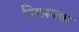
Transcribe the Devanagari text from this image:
निफ़ाक